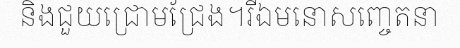
និងជួយជ្រោមជ្រែង។រីឯមនោសញ្ចេតនា